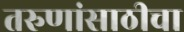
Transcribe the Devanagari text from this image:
तरुणांसाठीचा